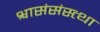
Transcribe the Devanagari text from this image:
श्वासंसंस्त्था